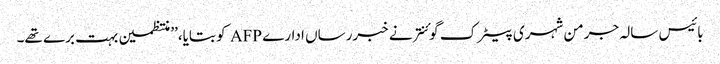
بائیس سالہ جرمن شہری پیٹرک گوئنتر نے خبررساں ادارے AFP کو بتایا،’’ منتظمین بہت برے تھے۔